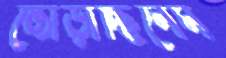
জোড়াচ্ছিলেম